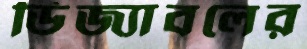
ডিজ্যাবলের